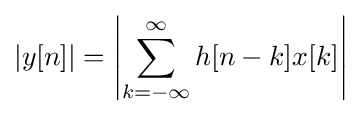
\left|y[n]\right|=\left|\sum _{k=-\infty }^{\infty }h[n-k]x[k]\right|